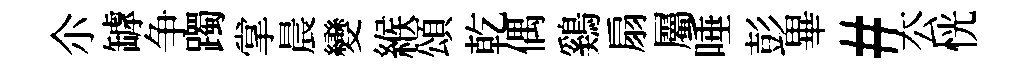
尒罅争躅掌晨變緱頌乾偶鷄扇屬唾彭畢#厺恍